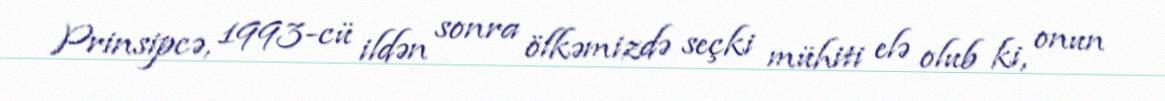
Prinsipcə, 1993-cü ildən sonra ölkəmizdə seçki mühiti elə olub ki, onun